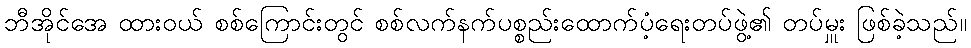
ဘီအိုင်အေ ထားဝယ် စစ်ကြောင်းတွင် စစ်လက်နက်ပစ္စည်းထောက်ပံ့ရေးတပ်ဖွဲ့၏ တပ်မှူး ဖြစ်ခဲ့သည်။